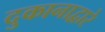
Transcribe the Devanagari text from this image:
दुकानाद्वारे